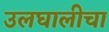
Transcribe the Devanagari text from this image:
उलघालीचा